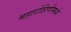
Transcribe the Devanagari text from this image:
महारोहिणीमध्ये